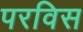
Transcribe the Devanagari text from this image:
परविस